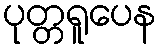
ပုတ္တရူပေန